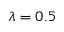
\lambda = 0 . 5